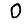
Digit: 0